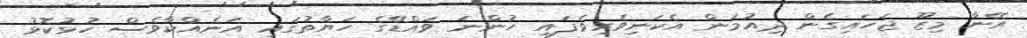
އޭނާ މިޒޫ ޖަހައިގެން ދިއުމުން އެކަނިވެރިވެފައި ހުންނަ ވައްޑޭގެ ހަޔާތުގައި އަނެއްކާވެސް ހުޅުކޮޅު